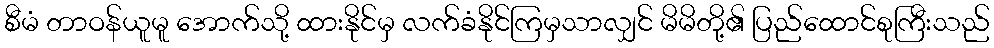
စီမံ တာဝန်ယူမူ အောက်သို့ ထားနိုင်မှ လက်ခံနိုင်ကြမှသာလျှင် မိမိတို့၏ ပြည်ထောင်စုကြီးသည်